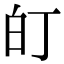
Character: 𭽆